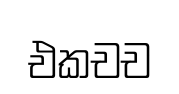
එකචච